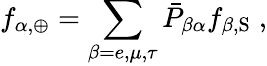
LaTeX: f_{\alpha,\oplus}=\sum_{\beta=e,\mu,\tau}\bar{P}_{\beta\alpha}f_{\beta,\mathrm{S}}\; ,